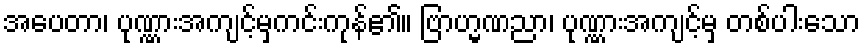
အပေတာ၊ ပုဏ္ဏားအကျင့်မှကင်းကုန်၏။ ဗြာဟ္မဏညာ၊ ပုဏ္ဏားအကျင့်မှ တစ်ပါးသော